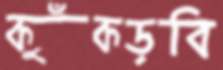
কুঁকড়বি